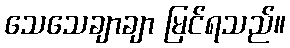
သေသေချာချာ မြင်ရသည်။